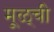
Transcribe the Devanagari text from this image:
मूळ्ची